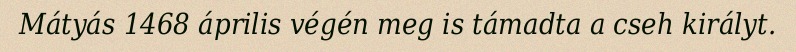
Mátyás 1468 április végén meg is támadta a cseh királyt.